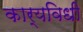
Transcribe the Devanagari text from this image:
कार्यविधी